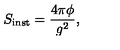
S _ { \mathrm { i n s t } } = \frac { 4 \pi \phi } { g ^ { 2 } } ,